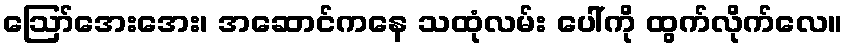
ဪအေးအေး၊ အဆောင်ကနေ သထုံလမ်း ပေါ်ကို ထွက်လိုက်လေ။